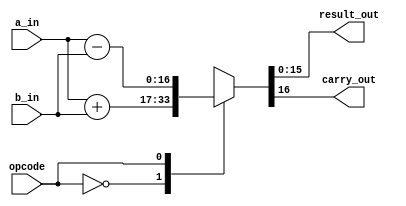
`timescale 1ns / 1ps
//////////////////////////////////////////////////////////////////////////////////
// Company: 
// Engineer: 
// 
// Design Name: 
// Module Name: lab75_add_sub_16bit_no_optimisation
// Project Name: 
// Target Devices: 
// Tool Versions: 
// Description: 
// 
// Dependencies: 
// 
// Revision:
// Revision 0.01 - File Created
// Additional Comments:
// 
//////////////////////////////////////////////////////////////////////////////////

// this is adder and substractor ithout optimisation

module lab75_add_sub_16bit_no_optimisation #(parameter N = 16)(
                            input [N-1:0] a_in, b_in, 
                            input opcode,
                            output reg [N-1:0]result_out,
                            output reg carry_out
    );
always @(*)
begin
    case(opcode)
    1'b0 : {carry_out, result_out} = a_in + b_in ;
    1'b1 : {carry_out, result_out} = a_in - b_in ;
    endcase
end    

endmodule